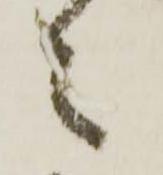
之